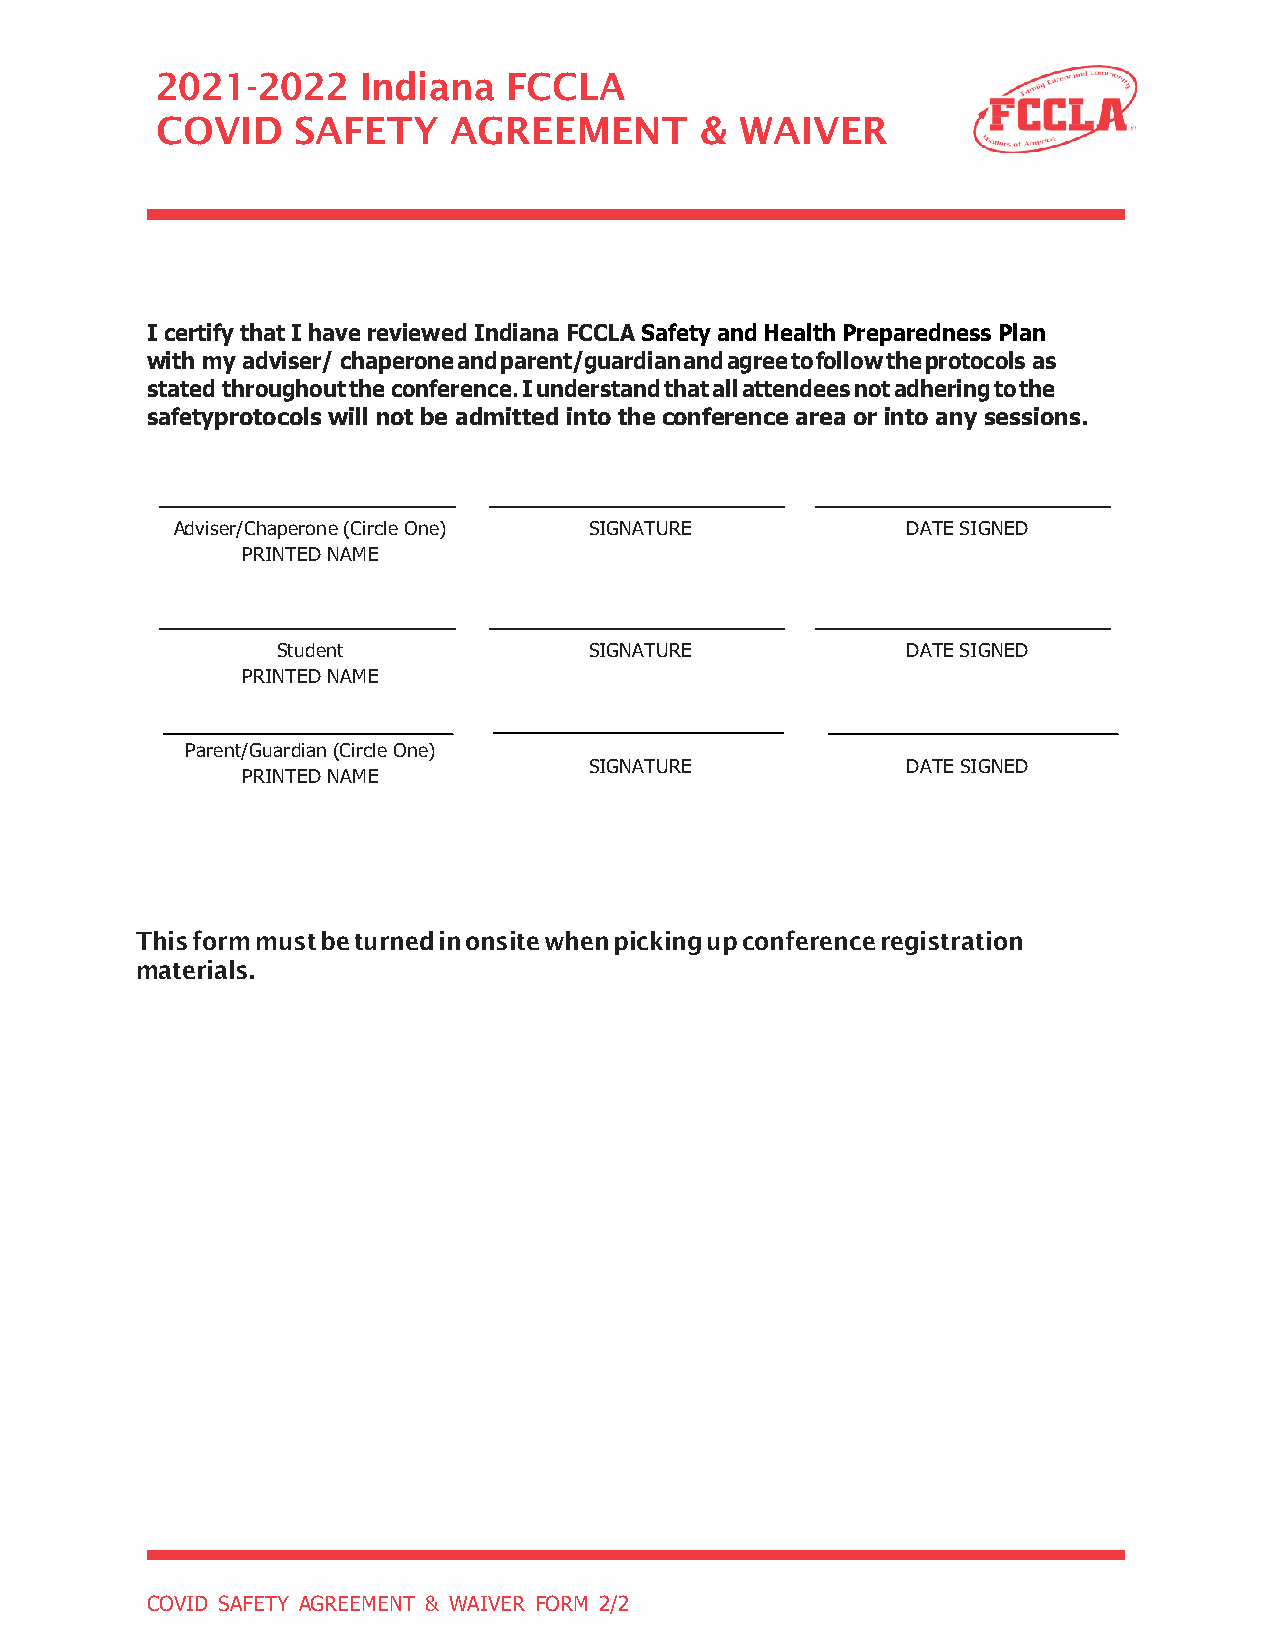
2021-2022     Indiana   FCCLA
 COVID    SAFETY     AGREEMENT       &  WAIVER
 I certify that I have reviewed Indiana FCCLA Safety and Health Preparedness Plan
 with my a dviser/ chaperone and parent/guardian and agree to follow the protocols as
 stated throughout the conference. I understand that all attendees not adhering to the
 safety protocols will not be admitted into the conference area or into any sessions.
 Adviser/Chaperone (Circle One) SIGNATURE        DATE SIGNED
 PRINTED NAME
 Student              SIGNATURE            DATE SIGNED
 PRINTED NAME
 Parent/Guardian (Circle One)
 SIGNATURE            DATE SIGNED
 PRINTED NAME
 This form must be turned in onsite when picking up conference registration
 materials.
 COVID SAFETY AGREEMENT & WAIVER FORM 2/2